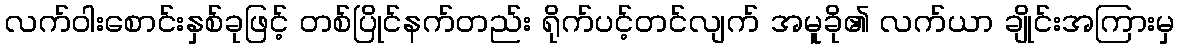
လက်ဝါးစောင်းနှစ်ခုဖြင့် တစ်ပြိုင်နက်တည်း ရိုက်ပင့်တင်လျက် အမူခို၏ လက်ယာ ချိုင်းအကြားမှ